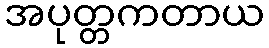
အပုတ္တကတာယ